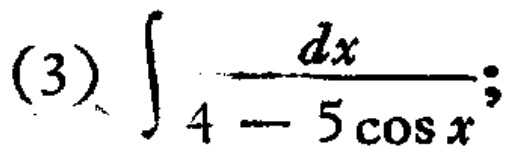
(3) $\int \frac{dx}{4 - 5\cos x};$